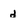
Character: d